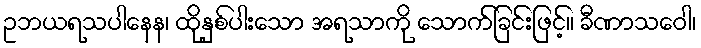
ဥဘယရသပါနေန၊ ထိုနှစ်ပါးသော အရသာကို သောက်ခြင်းဖြင့်။ ခီဏာသဝေါ၊